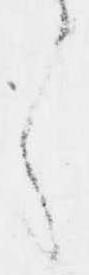
く